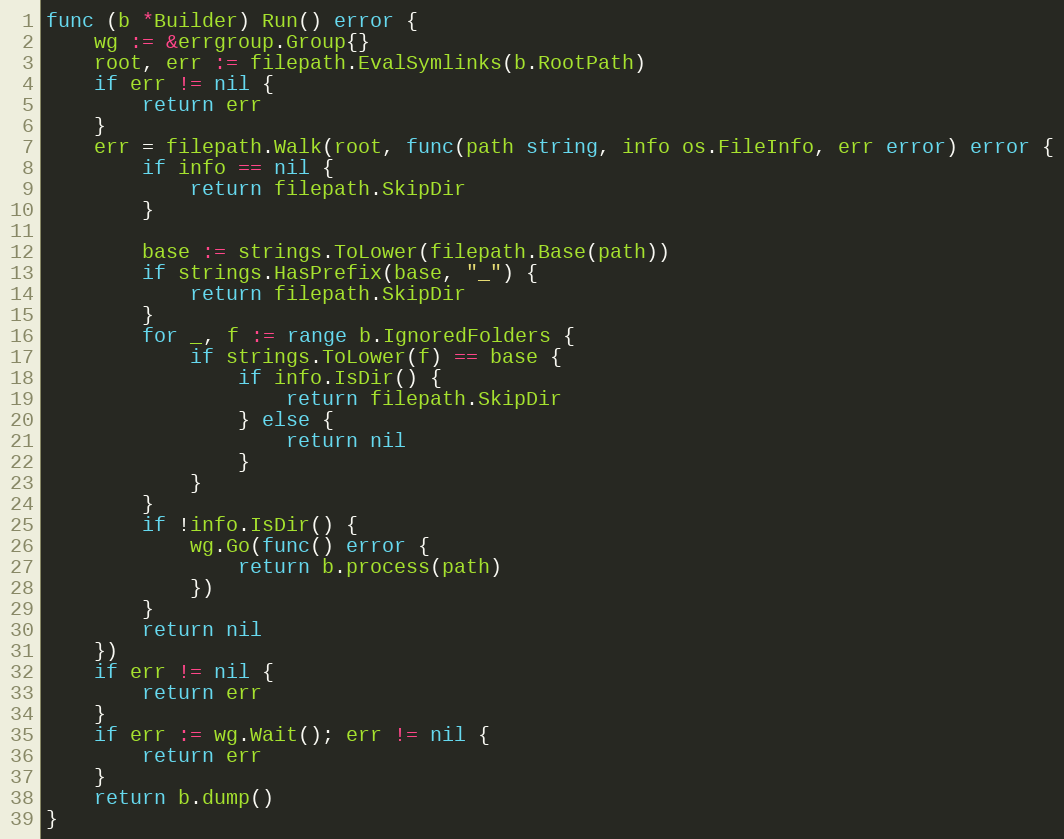
Language: Go
func (b *Builder) Run() error {
	wg := &errgroup.Group{}
	root, err := filepath.EvalSymlinks(b.RootPath)
	if err != nil {
		return err
	}
	err = filepath.Walk(root, func(path string, info os.FileInfo, err error) error {
		if info == nil {
			return filepath.SkipDir
		}

		base := strings.ToLower(filepath.Base(path))
		if strings.HasPrefix(base, "_") {
			return filepath.SkipDir
		}
		for _, f := range b.IgnoredFolders {
			if strings.ToLower(f) == base {
				if info.IsDir() {
					return filepath.SkipDir
				} else {
					return nil
				}
			}
		}
		if !info.IsDir() {
			wg.Go(func() error {
				return b.process(path)
			})
		}
		return nil
	})
	if err != nil {
		return err
	}
	if err := wg.Wait(); err != nil {
		return err
	}
	return b.dump()
}